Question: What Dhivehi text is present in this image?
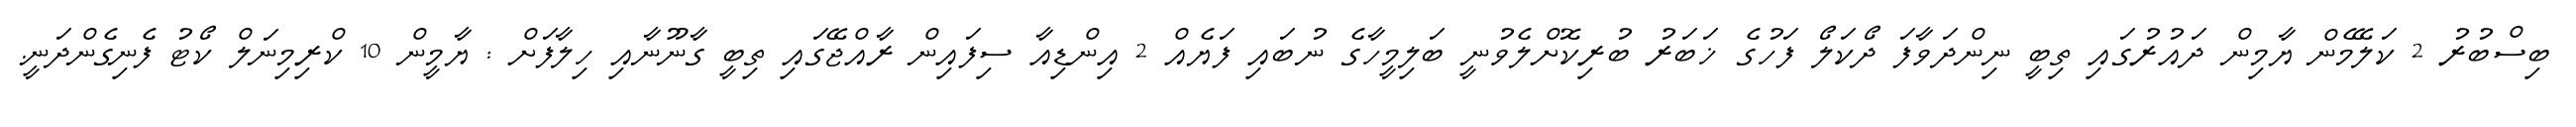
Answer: ބިސްބުރު 2 ކަލޭމެން ޔާމިން ދައުރުގައި ތިބީ ނިންދަވާފަ ދޯކަލޯ ފަހުގެ ޚަބަރު ބުރިކޮށްލެވުނީ ބަލިމީހާގެ ނުބައި ފަޔެއް 2 އިންޑިއާ ސިފައިން ރާއްޖޭގައި ތިބީ ގާނޫނާއި ހިލާފަށް : ޔާމީން 10 ކްރިމިނަލް ކޯޓު ފެނިގެންދަނީ.